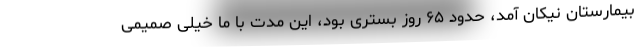
بیمارستان نیکان آمد، حدود ۶۵ روز بستری بود، این مدت با ما خیلی صمیمی